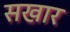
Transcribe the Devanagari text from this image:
सखार